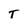
Character: T